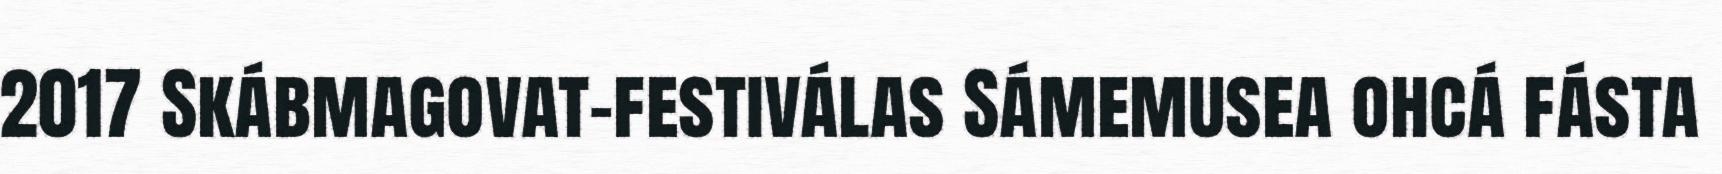
2017 Skábmagovat-festiválas Sámemusea ohcá fásta